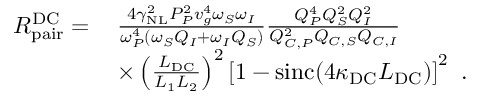
\begin{array} { r l } { R _ { \mathrm { p a i r } } ^ { \mathrm { D C } } = \, } & { \frac { 4 \gamma _ { \mathrm { N L } } ^ { 2 } P _ { P } ^ { 2 } v _ { g } ^ { 4 } \omega _ { S } \omega _ { I } } { \omega _ { P } ^ { 4 } \left( \omega _ { S } Q _ { I } + \omega _ { I } Q _ { S } \right) } \frac { Q _ { P } ^ { 4 } Q _ { S } ^ { 2 } Q _ { I } ^ { 2 } } { Q _ { C , P } ^ { 2 } Q _ { C , S } Q _ { C , I } } } \\ & { \times \left( \frac { L _ { \mathrm { D C } } } { L _ { 1 } L _ { 2 } } \right) ^ { 2 } \left[ 1 - \mathrm { s i n c } \! \left( 4 \kappa _ { \mathrm { D C } } L _ { \mathrm { D C } } \right) \right] ^ { 2 } \ . } \end{array}